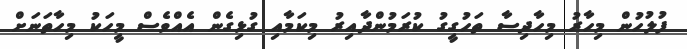
ފުލުހުން މިހާރު މިހާދިސާ ތަހުގީގު ކުރަމުންދާއިރު މިކަމާއި ގުޅިގެން އެއްވެސް މީހަކު މިހާތަނަށް